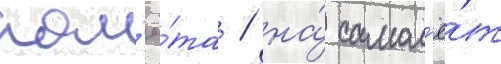
пол'ё́та / на́ самол'ё́т